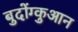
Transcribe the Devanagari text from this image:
बुदोंग्कुआन